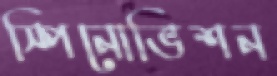
স্পিনোভিশন